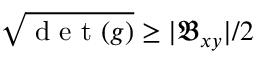
\sqrt { \mathrm { ~ d ~ e ~ t ~ } ( g ) } \geq | \mathfrak { B } _ { x y } | / 2